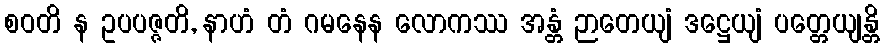
စဝတိ န ဥပပဇ္ဇတိ, နာဟံ တံ ဂမနေန လောကဿ အန္တံ ဉာတေယျံ ဒဋ္ဌေယျံ ပတ္တေယျန္တိ